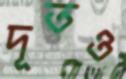
দূতও